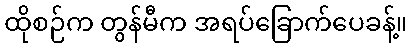
ထိုစဉ်က တွန်မီက အရပ်ခြောက်ပေခန့်။